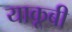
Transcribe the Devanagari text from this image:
याकूबी